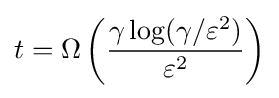
t=\Omega \left({\frac {\gamma \log(\gamma /\varepsilon ^{2})}{\varepsilon ^{2}}}\right)